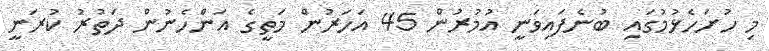
މި ހުށަހެޅުމުގައި ބުނެފައިވަނީ އުމުރުން 45 އަހަރުން މަތީގެ އަންހެނުން ދަތުރު ކުރަނީ